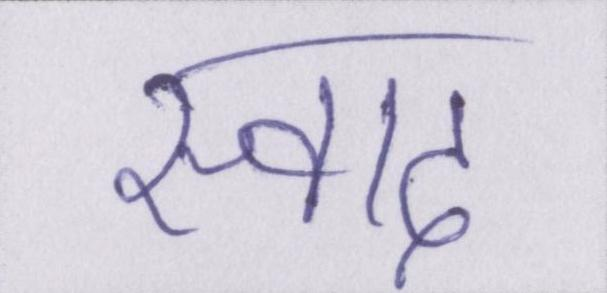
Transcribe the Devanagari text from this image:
स्वाद